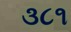
૩૮૧